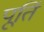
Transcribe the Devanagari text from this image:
पूतिं